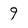
Character: 9